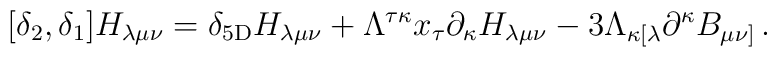
[\delta_{2},\delta_{1}]H_{\lambda\mu\nu}=\delta_{5{\rm D}}H_{\lambda\mu\nu}+\Lambda^{\tau\kappa}x_{\tau}\partial_{\kappa}H_{\lambda\mu\nu}-3\Lambda_{\kappa [\lambda}\partial^{\kappa}B_{\mu\nu]}\,.